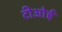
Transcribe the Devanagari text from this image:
टीओई